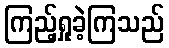
ကြည့်ရှုခဲ့ကြသည်